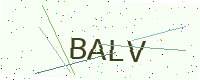
Text: BALV